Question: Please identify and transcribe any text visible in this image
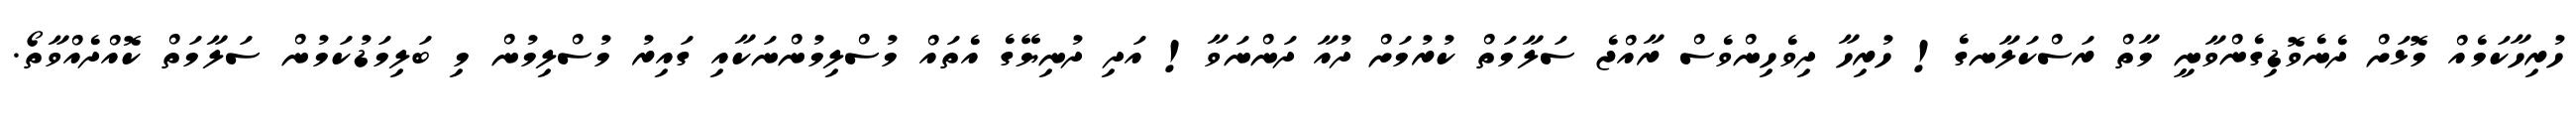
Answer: ހުރިހާކަމެއް މޮޅަށް ދެނެވޮޑިގެންވާނީ މާތް ރަސްކަލާނގެ! ހުރިހާ ދިވެހިންވެސް ރާއްޖެ ސަލާމަތް ކުރުމަށް ދުއާ ދަންނަވާ! އަދި ދުނިޔޭގެ އެތައް މުސްލިމުންނަކާއި ގައިރު މުސްލިމުން މި ބަލިމަޑުކަމުން ސަލާމަތް ކޮއްދެއްވާތޯ.